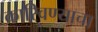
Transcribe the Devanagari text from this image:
कारिवण्याचा